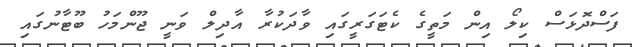
ފަސްދޮޅަސް ކިލޯ އިން މަތީގެ ކެޓަގަރީގައި ވާދަކުރާ އާދިލް ވަނީ ޖޫންމަހު ބޫޓާނުގައި